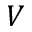
V